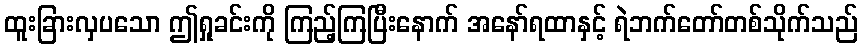
ထူးခြားလှပသော ဤရှုခင်းကို ကြည့်ကြပြီးနောက် အနော်ရထာနှင့် ရဲဘက်တော်တစ်သိုက်သည်